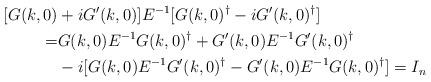
LaTeX: \begin{align*} [G(k,0)&+iG'(k,0)]E^{-1}[G(k,0)^\dag-iG'(k,0)^\dag]\\ =&G(k,0)E^{-1}G(k,0)^\dag+G'(k,0)E^{-1}G'(k,0)^\dag\\ &-i[G(k,0)E^{-1}G'(k,0)^\dag-G'(k,0)E^{-1}G(k,0)^\dag] =I_n\end{align*}